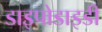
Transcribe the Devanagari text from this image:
डाइपोडाइडी